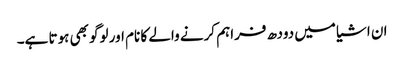
ان اشیا میں دودھ فراہم کرنے والے کا نام اور لوگو بھی ہوتا ہے۔